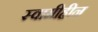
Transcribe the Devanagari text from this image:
स्वामीहीन